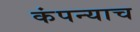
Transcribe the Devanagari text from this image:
कंपन्याच